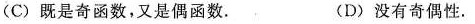
(C)既是奇函数，又是偶函数. (D)没有奇偶性.